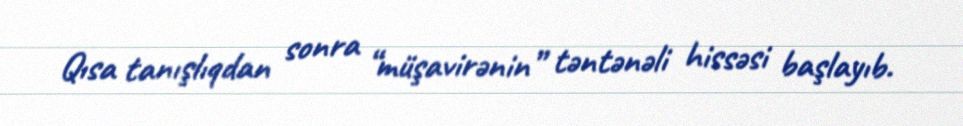
Qısa tanışlıqdan sonra “müşavirənin” təntənəli hissəsi başlayıb.